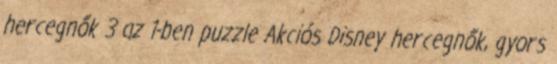
hercegnők 3 az 1-ben puzzle Akciós Disney hercegnők, gyors